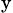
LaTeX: _\textrm{y}